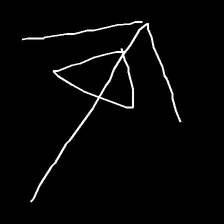
Glyph: pull